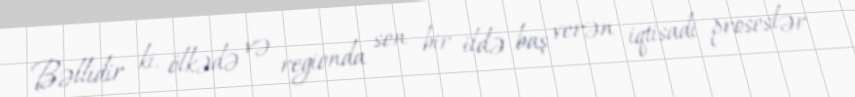
Bəllidir ki, ölkədə və regionda son bir ildə baş verən iqtisadi proseslər